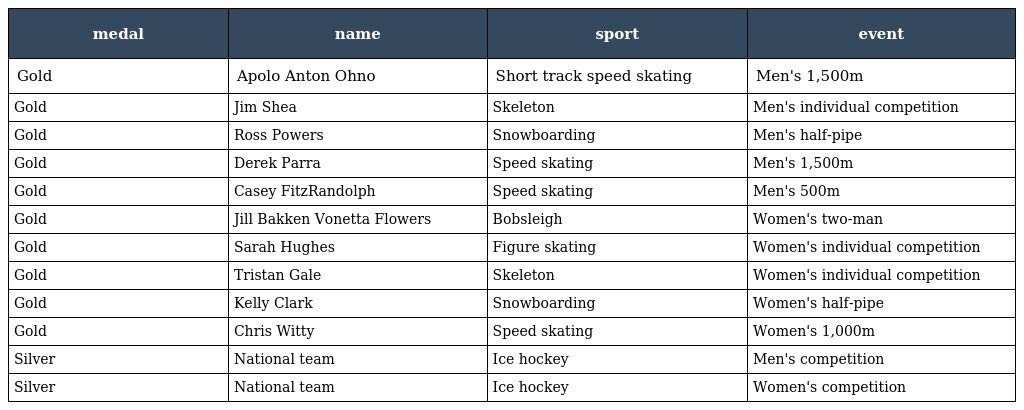
| medal | name | sport | event |
 | --- | --- | --- | --- |
 | Gold | Apolo Anton Ohno | Short track speed skating | Men's 1,500m |
 | Gold | Jim Shea | Skeleton | Men's individual competition |
 | Gold | Ross Powers | Snowboarding | Men's half-pipe |
 | Gold | Derek Parra | Speed skating | Men's 1,500m |
 | Gold | Casey FitzRandolph | Speed skating | Men's 500m |
 | Gold | Jill Bakken Vonetta Flowers | Bobsleigh | Women's two-man |
 | Gold | Sarah Hughes | Figure skating | Women's individual competition |
 | Gold | Tristan Gale | Skeleton | Women's individual competition |
 | Gold | Kelly Clark | Snowboarding | Women's half-pipe |
 | Gold | Chris Witty | Speed skating | Women's 1,000m |
 | Silver | National team | Ice hockey | Men's competition |
 | Silver | National team | Ice hockey | Women's competition |